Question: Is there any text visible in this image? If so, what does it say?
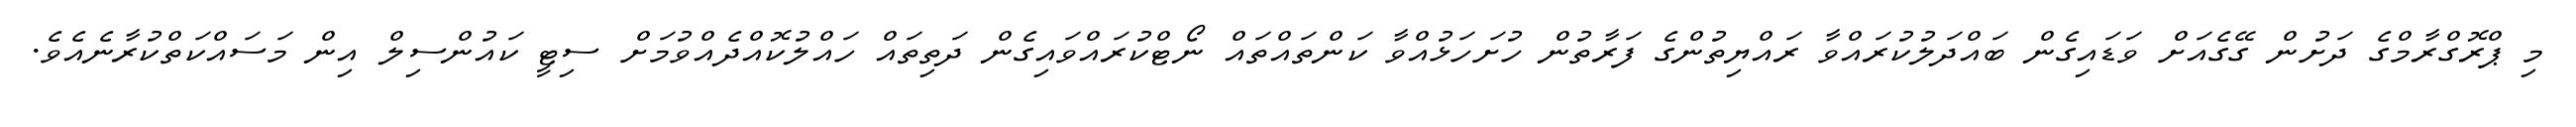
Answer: މި ޕްރޮގްރާމްގެ ދަށުން ގޭގެއަށް ވަޑައިގެން ބައްދަލުކުރައްވާ ރައްޔިތުންގެ ފަރާތުން ހުށަހަޅުއްވާ ކަންތައްތައް ނޯޓްކުރައްވައިގެން ދަތިތައް ހައްލުކޮއްދެއްވުމަށް ސިޓީ ކައުންސިލް އިން މަސައްކަތްކުރާނެއެވެ.